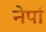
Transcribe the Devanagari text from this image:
नेर्पा